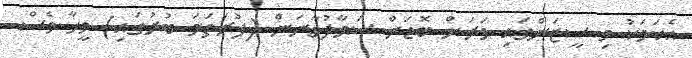
އެކަމަކު މި ސީޒަންގައި ވަރަށް ބޮޑަށް ސަމާލުވާނަން (ފުރަތަމަ ބުރުގައި) ވީހާ ވެސް